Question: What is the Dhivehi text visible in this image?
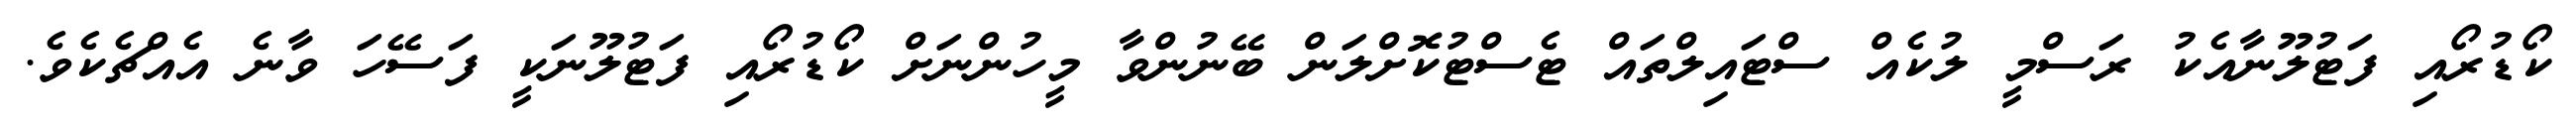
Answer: ކޯޑުރޯއި ފަޓުލޫނާއެކު ރަސްމީ ލުކެއް ސްޓައިލްތައް ޓެސްޓުކޮށްލަން ބޭނުންވާ މީހުންނަށް ކޯޑުރޯއި ފަޓުލޫނަކީ ފަސޭހަ ވާނެ އެއްޗެކެވެ.